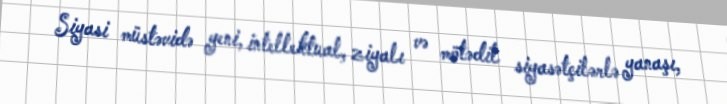
Siyasi müstəvidə yeni, intellektual, ziyalı və mötədil siyasətçilərlə yanaşı,